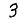
Digit: 3